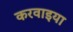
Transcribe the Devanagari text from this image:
करवाइया